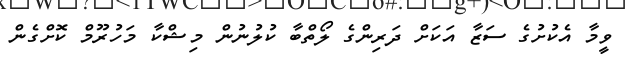
ވީމާ އެކުށުގެ ސަޒާ އަކަށް ދަރިންގެ ލޯތްބާ ކުލުނުން މިޝްކާ މަހުރޫމް ކޮށްގެން